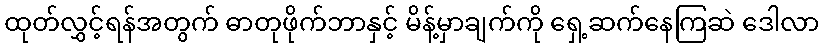
ထုတ်လွှင့်ရန်အတွက် ဓာတုဖိုက်ဘာနှင့် မိန့်မှာချက်ကို ရှေ့ဆက်နေကြဆဲ ဒေါလာ